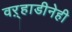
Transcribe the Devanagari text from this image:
वऱ्हाडीनेही